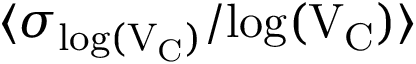
\langle \sigma _ { \mathrm { { l o g } ( V _ { C } ) } } / \mathrm { { l o g } ( V _ { C } ) \rangle }